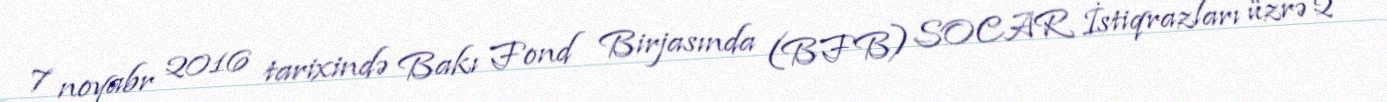
7 noyabr 2016 tarixində Bakı Fond Birjasında (BFB) SOCAR İstiqrazları üzrə 2